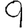
Digit: 9